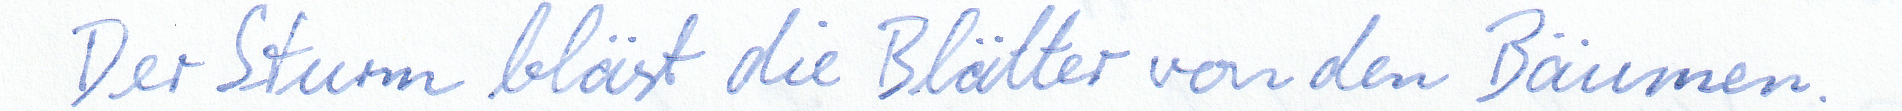
Der Sturm bläst die Blätter von den Bäumen.